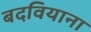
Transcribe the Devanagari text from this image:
बदवियाना